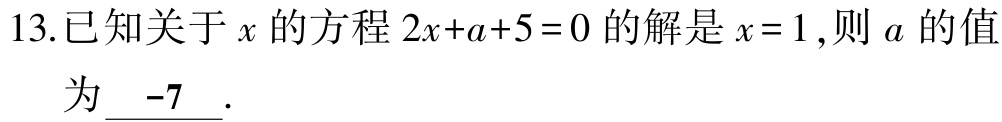
13.已知关于\(x\)的方程\(2x + a + 5 = 0\)的解是\(x = 1\),则\(a\)的值为\(\underline{-7}\).